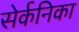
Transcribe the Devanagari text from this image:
सेर्कनिका